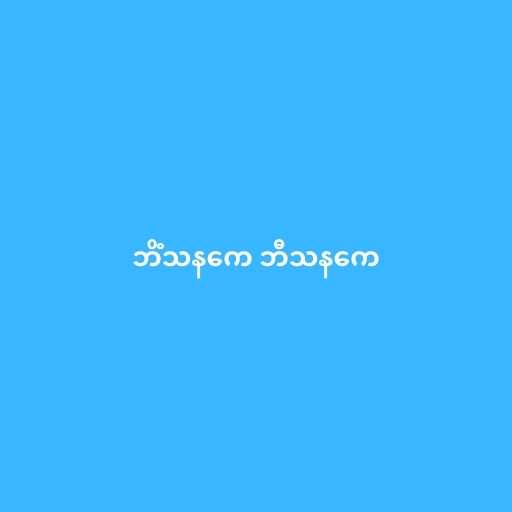
ဘိံသနကေ ဘီသနကေ